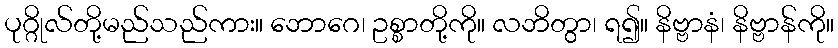
ပုဂ္ဂိုလ်တို့မည်သည်ကား။ ဘောဂေ၊ ဥစ္စာတို့ကို။ လဘိတွာ၊ ရ၍။ နိဗ္ဗာနံ၊ နိဗ္ဗာန်ကို။